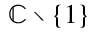
\mathbb { C } \setminus \{ 1 \}